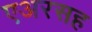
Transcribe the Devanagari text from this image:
एअरसह